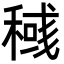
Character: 稶